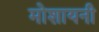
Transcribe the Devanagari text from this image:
मोशायनी